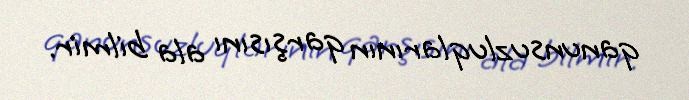
qanunsuzluqlarının qarşısını ala bilmir.